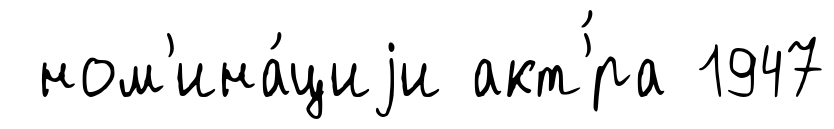
ном'ина́циjи акт'́ра 1947